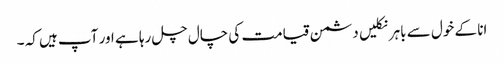
انا کے خول سے باہر نکلیں دشمن قیامت کی چال چل رہا ہے اور آپ ہیں کہ ۔